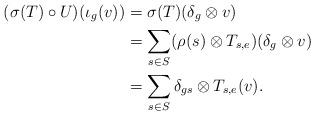
LaTeX: \begin{align*}(\sigma(T)\circ U)(\iota_g(v))&=\sigma(T)(\delta_g\otimes v)\\&=\sum_{s\in S}(\rho(s)\otimes T_{s, e})(\delta_g\otimes v)\\&=\sum_{s\in S}\delta_{gs}\otimes T_{s, e}(v).\end{align*}